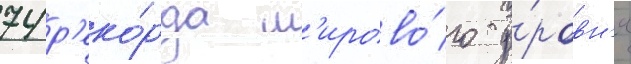
74 р'еко́рда м'ирово́го у́ровн'я